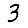
Digit: 3